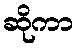
ဆိုကာ